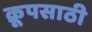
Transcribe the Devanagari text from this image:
क्रूपसाठी